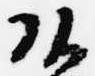
頭